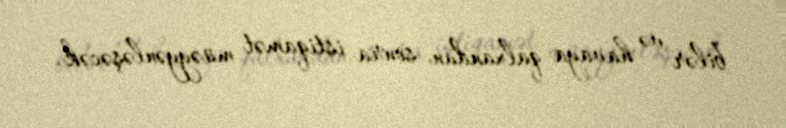
bilər və havaya qalxandan sonra istiqamət müəyyənləşəcək.